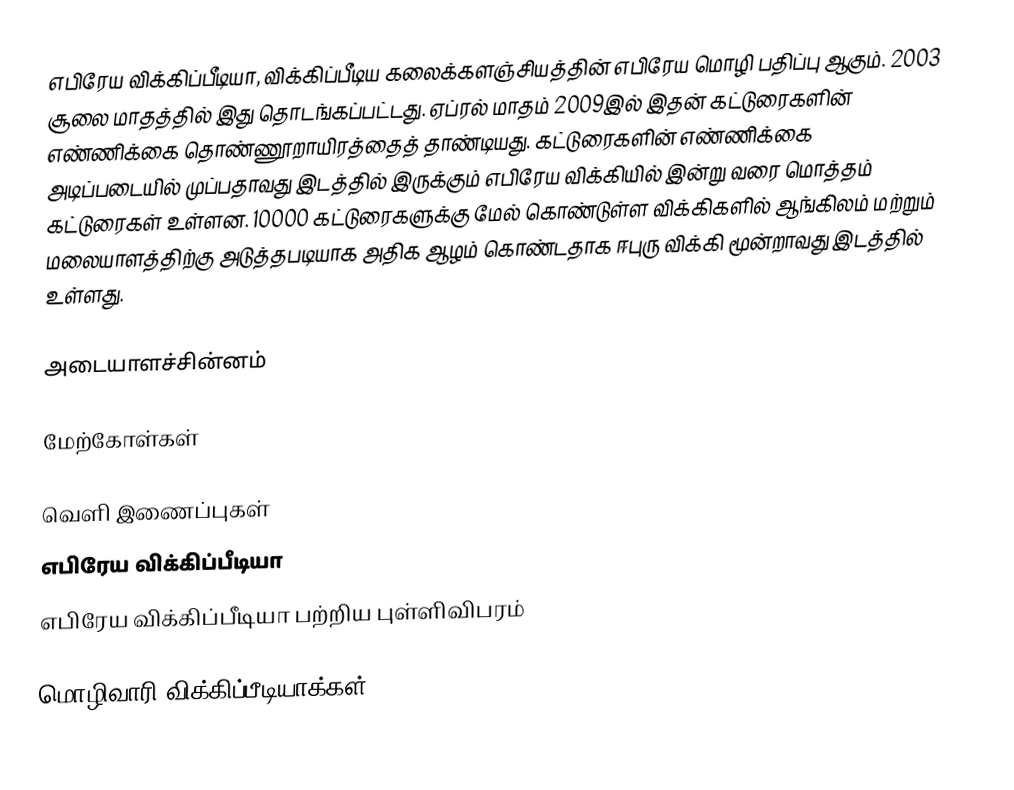
எபிரேய விக்கிப்பீடியா, விக்கிப்பீடிய கலைக்களஞ்சியத்தின் எபிரேய மொழி பதிப்பு ஆகும். 2003 சூலை மாதத்தில் இது தொடங்கப்பட்டது. ஏப்ரல் மாதம் 2009இல் இதன் கட்டுரைகளின் எண்ணிக்கை தொண்ணூறாயிரத்தைத் தாண்டியது. கட்டுரைகளின் எண்ணிக்கை அடிப்படையில் முப்பதாவது இடத்தில் இருக்கும் எபிரேய விக்கியில் இன்று வரை மொத்தம் கட்டுரைகள் உள்ளன. 10000 கட்டுரைகளுக்கு மேல் கொண்டுள்ள விக்கிகளில் ஆங்கிலம் மற்றும் மலையாளத்திற்கு அடுத்தபடியாக அதிக ஆழம் கொண்டதாக ஈபுரு விக்கி மூன்றாவது இடத்தில் உள்ளது.

அடையாளச்சின்னம்

மேற்கோள்கள்

வெளி இணைப்புகள்
எபிரேய விக்கிப்பீடியா
எபிரேய விக்கிப்பீடியா பற்றிய புள்ளிவிபரம்

மொழிவாரி விக்கிப்பீடியாக்கள்